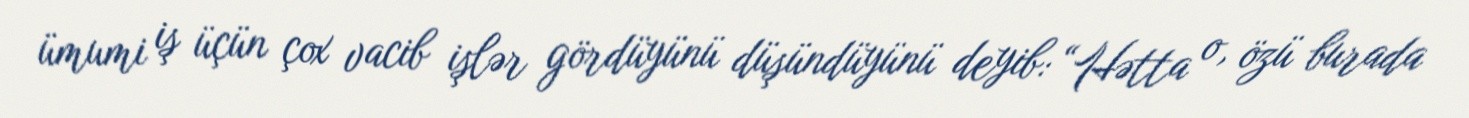
ümumi iş üçün çox vacib işlər gördüyünü düşündüyünü deyib: “Hətta o, özü burada